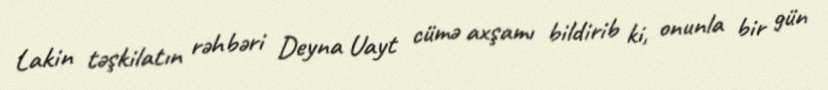
Lakin təşkilatın rəhbəri Deyna Uayt cümə axşamı bildirib ki, onunla bir gün